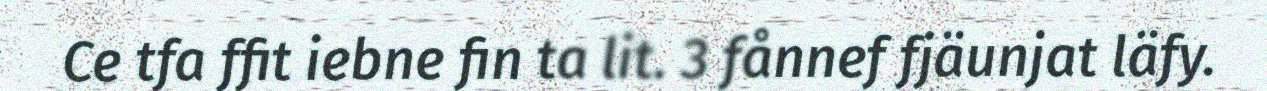
Ce tfa ffit iebne fin ta lit. 3 fånnef fjäunjat läfy.